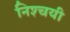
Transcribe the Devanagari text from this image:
निश्‍चयी